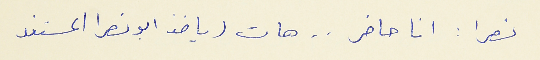
نصرا : انا حاضر . . هات (ياخذ ابو نصرا المستند